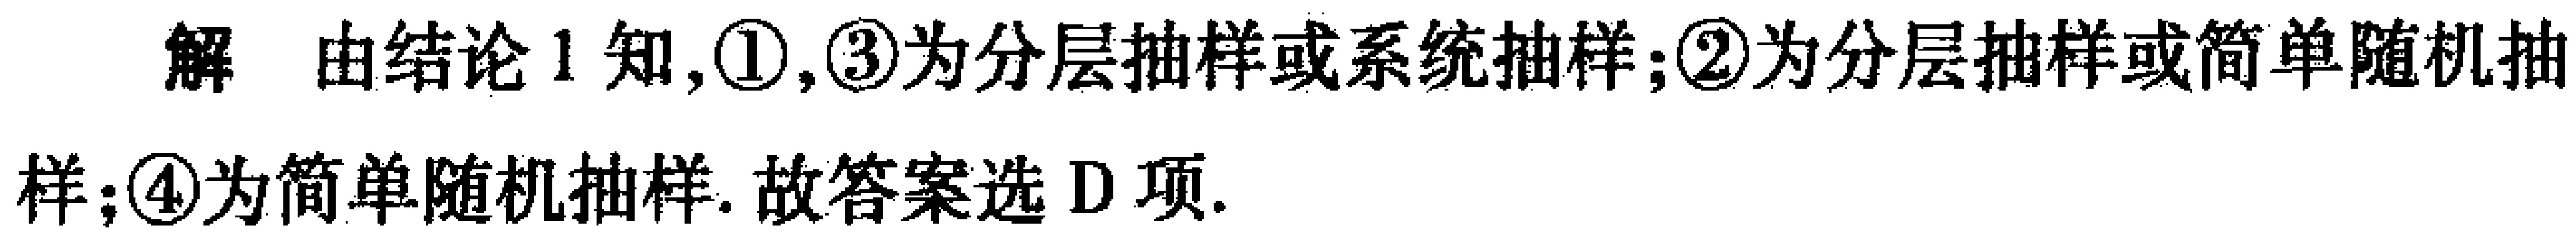
解 由结论 1 知,\textcircled{1},\textcircled{3}为分层抽样或系统抽样;\textcircled{2}为分层抽样或简单随机抽样;\textcircled{4}为简单随机抽样. 故答案选 D 项.